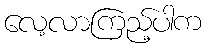
လေ့လာကြည့်ပါက